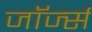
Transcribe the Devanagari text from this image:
जाॅर्ज्स